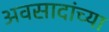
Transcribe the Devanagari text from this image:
अवसादांच्या